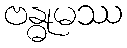
ဗန္ဓုမဿ